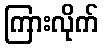
ကြားလိုက်